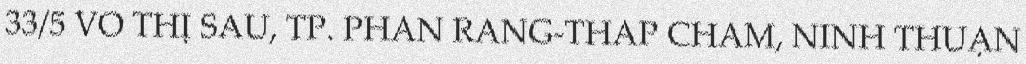
33/5 VÕ THỊ SÁU, TP. PHAN RANG-THÁP CHÀM, NINH THUẬN